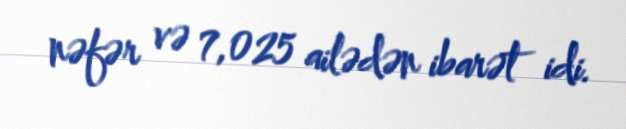
nəfər və 7,025 ailədən ibarət idi.